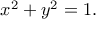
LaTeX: x ^ { 2 } + y ^ { 2 } = 1 .